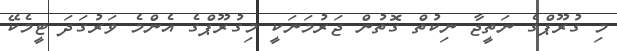
މި ގުރޫޕްގެ ނަތީޖާ ނިކުތް ގޮތުން ޖަރުމަނަކީ މިގުރޫޕްގެ އެންމެ ވަރުގަދަ ޓީމެކޭ